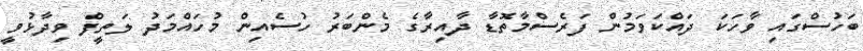
ބަހުސްގައި ވާހަކަ ދައްކަވަމުން ފަރެސްމާތޮޑާ ދާއިރާގެ މެންބަރު ހުސެއިން މުހައްމަދު ލަތީފް ވިދާޅުވީ